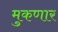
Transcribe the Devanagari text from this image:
मुकणार